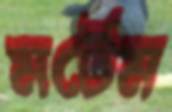
মর্টেম